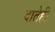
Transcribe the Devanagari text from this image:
दातेही